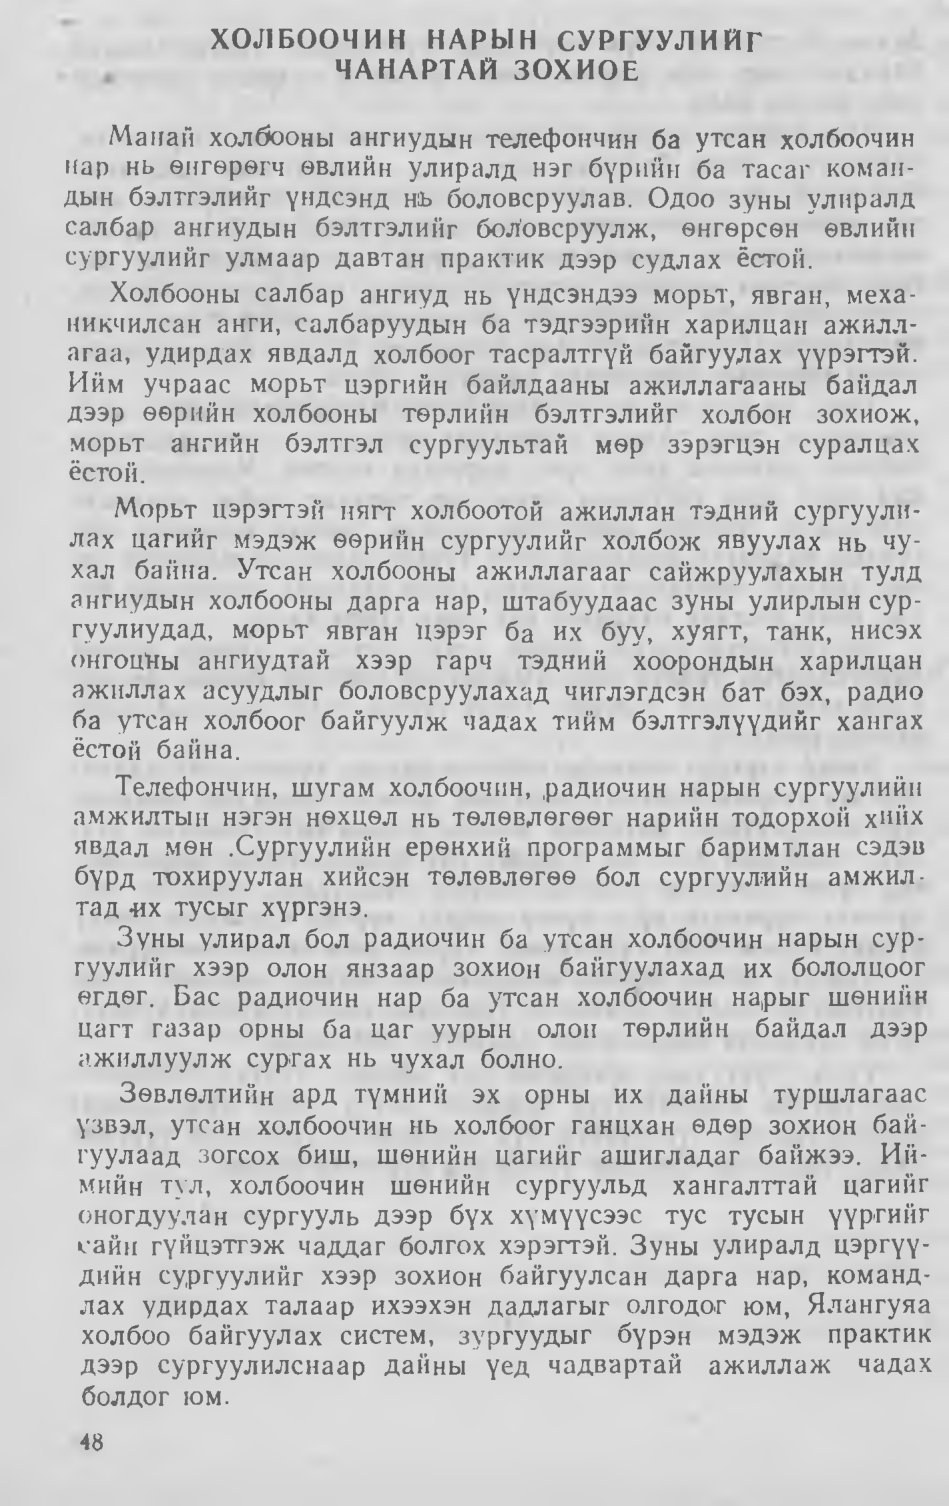
Language: mn